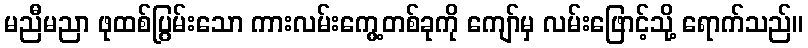
မညီမညာ ဖုထစ်ပြွမ်းသော ကားလမ်းကွေ့တစ်ခုကို ကျော်မှ လမ်းဖြောင့်သို့ ရောက်သည်။